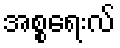
အစ္စရေးလ်